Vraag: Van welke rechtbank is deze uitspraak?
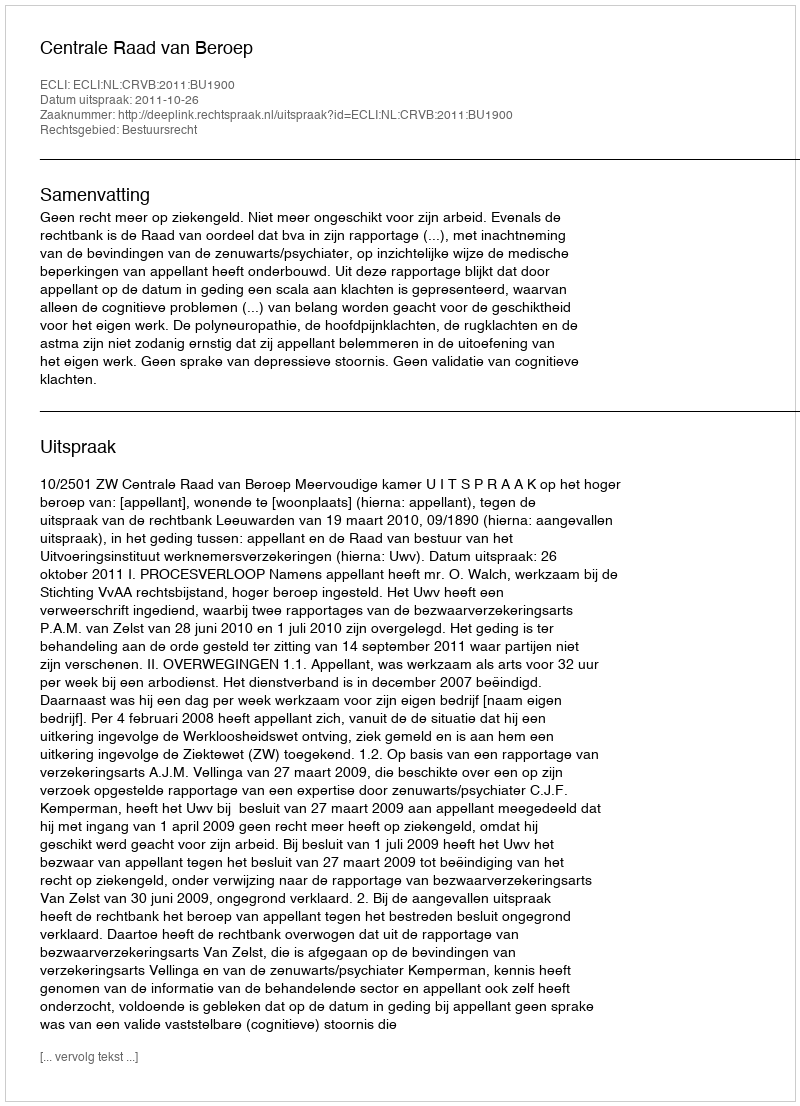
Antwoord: Centrale Raad van Beroep